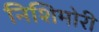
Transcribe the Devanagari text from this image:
निशिमोरी